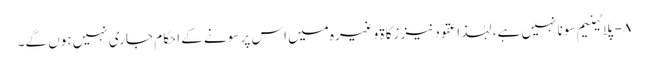
۸- پلاٹینیم سونا نہیں ہے، لہٰذا عقود نیز زکاۃ وغیرہ میں اس پر سونے کے احکام جاری نہیں ہوں گے۔